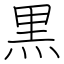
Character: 黒